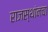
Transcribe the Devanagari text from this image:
राजस्थांनचा